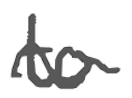
Text: to
Cross-out: wave
Writing tool: digital_gray